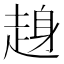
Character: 𧼅